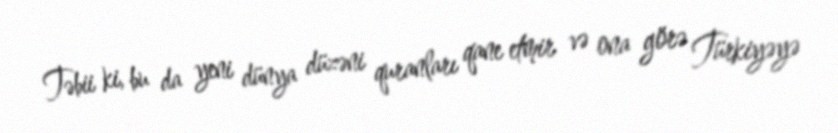
Təbii ki, bu da yeni dünya düzəni quranları qane etmir və ona görə Türkiyəyə